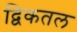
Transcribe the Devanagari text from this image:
द्विकतल